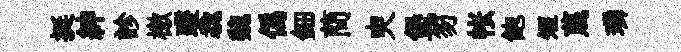
挺紳診檄躞毳魏僞鈿蕳㬰堡笏帐飽短蔑璘